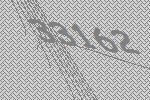
33162